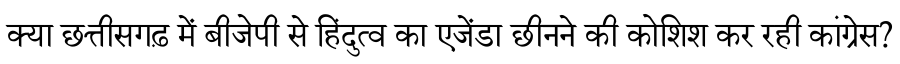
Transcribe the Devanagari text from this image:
क्या छत्तीसगढ़ में बीजेपी से हिंदुत्व का एजेंडा छीनने की कोशिश कर रही कांग्रेस?